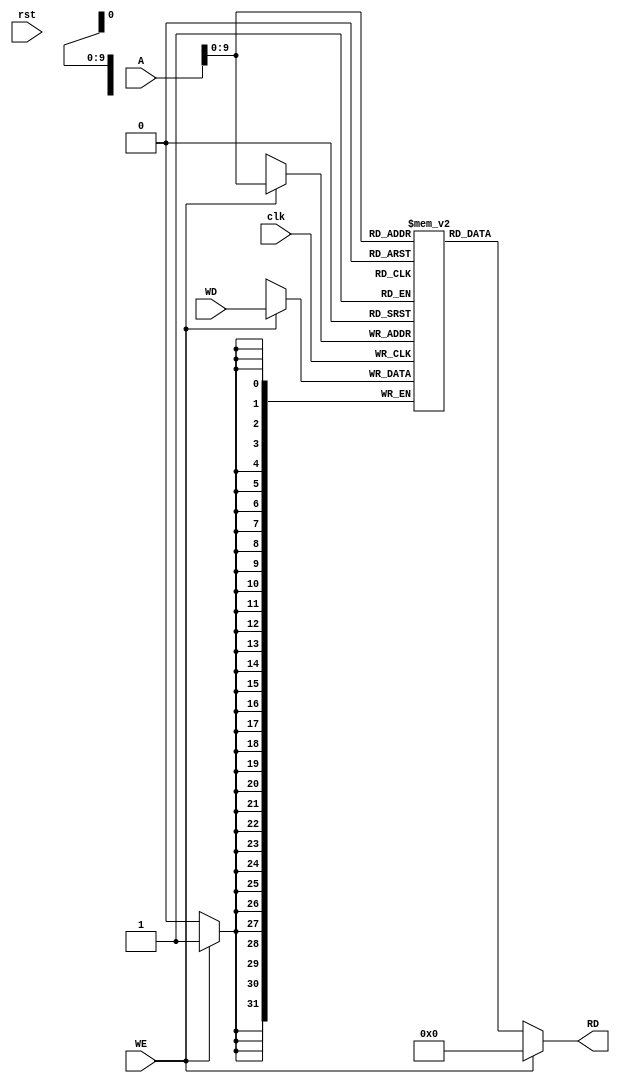
module Data_mem(
    input [31:0] A,
    input [31:0] WD,
    input clk,
    input rst,
    input WE,
    output [31:0] RD 
);
    reg [31:0] Data_m[1023:0];
    assign RD = (WE == 1'b0) ? Data_m[A] : 32'h0;

    always @(posedge clk) begin
        if (WE)
            Data_m[A] <= WD;
    end

    

endmodule